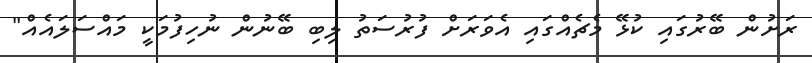
ރަށުން ބޭރުގައި ކުޅޭ މެޗެއްގައި އެވަރަށް ފުރުސަތު ލިބި ބޭނުން ނުހިފުމަކީ މައްސަލައެއް"